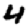
Digit: 4